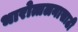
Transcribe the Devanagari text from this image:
भारोत्तलनासाठी